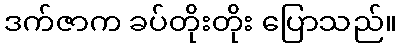
ဒက်ဇာက ခပ်တိုးတိုး ပြောသည်။